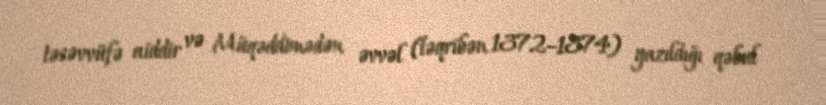
təsəvvüfə aiddir və Müqəddimədən əvvəl (təqribən 1372–1374) yazıldığı qəbul